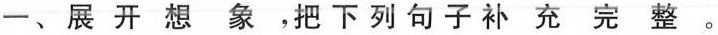
一、展开想象，把下列句子补充完整。